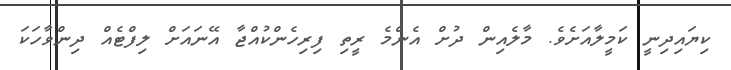
ކިޔައިދިނީ ކަމީލާއަށެވެ. މާލެއިން ދުށް އެންމެ ރީތި ފިރިހެންކުއްޖާ އޭނައަށް ލިފްޓެއް ދިންވާހަކަ